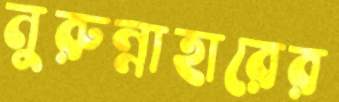
নুরুন্নাহারের